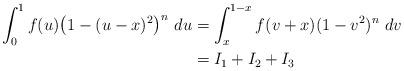
LaTeX: \begin{align*} \int_{0}^{1}f(u) \bigl(1-(u-x)^{2}\bigr)^{n}\ du & =\int_{\-x}^{1-x}f(v+x)(1-v^{2})^{n}\ dv\\& = I_{1} + I_{2} + I_{3}\end{align*}